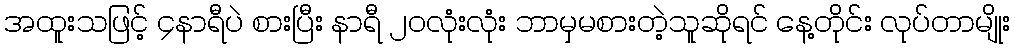
အထူးသဖြင့် ၄နာရီပဲ စားပြီး နာရီ ၂၀လုံးလုံး ဘာမှမစားတဲ့သူဆိုရင် နေ့တိုင်း လုပ်တာမျိုး